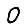
Digit: 0